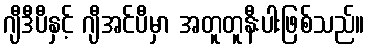
ဂျီဒီပီနှင့် ဂျီအင်ပီမှာ အတူတူနီးပါးဖြစ်သည်။